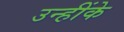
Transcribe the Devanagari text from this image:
उन्हींके